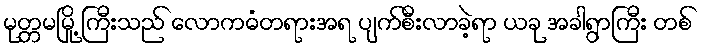
မုတ္တမမြို့ ကြီးသည် လောကဓံတရားအရ ပျက်စီးလာခဲ့ရာ ယခု အခါရွာကြီး တစ်